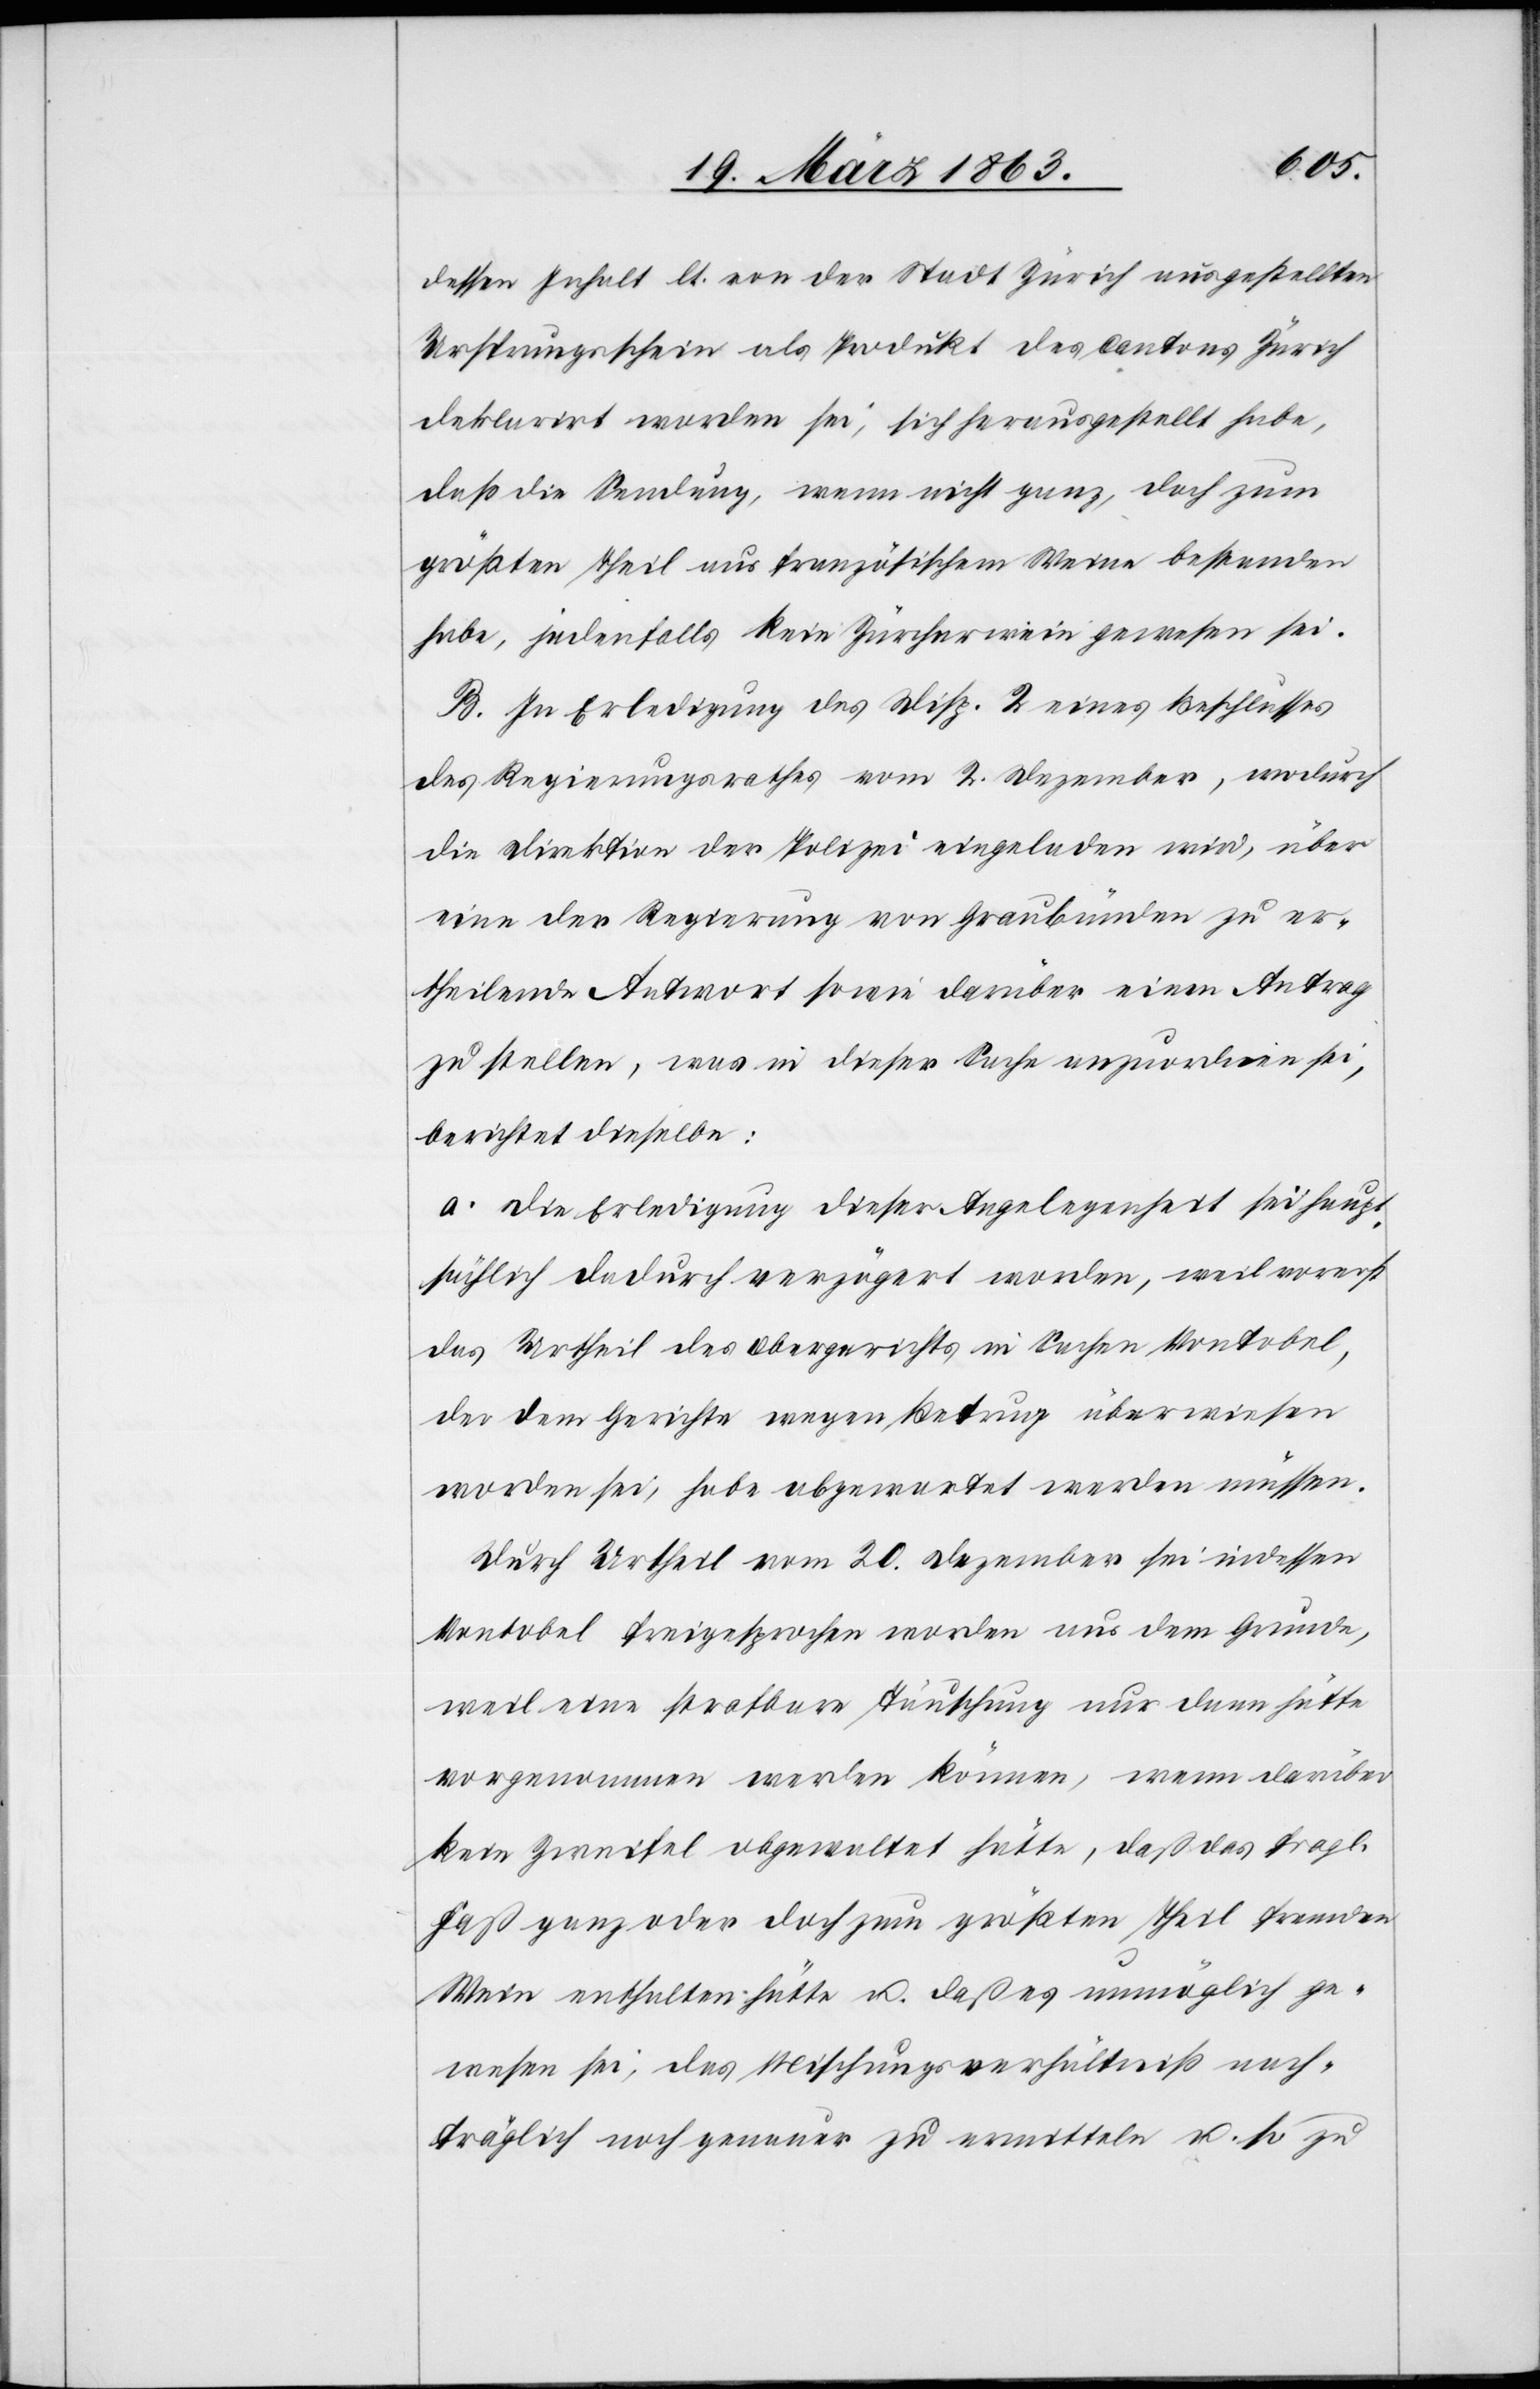
dessen Inhalt lt. von der Stadt Zürich ausgestellten
Ursprungsschein als Produkt des Cantons Zürich
deklarirt worden sei, sich herausgestellt habe,
daß die Sendung, wenn nicht ganz, doch zum
größten Theil aus französischem Weine bestanden
habe, jedenfalls kein Zürcherwein gewesen sei.
B. In Erledigung des Disp. 2 eines Beschlusses
des Regierungsrathes vom 2. Dezember, wodurch
die Direktion der Polizei eingeladen wird, über
eine der Regierung von Graubünden zu er¬
theilende Antwort sowie darüber einen Antrag
zu stellen, was in dieser Sache anzuordnen sei,
berichtet dieselbe:
a. Die Erledigung dieser Angelegenheit sei haupt¬
sächlich dadurch verzögert worden, weil vorerst
das Urtheil des Obergerichts in Sachen Vontobel,
der dem Gerichte wegen Betrug überwiesen
worden sei, habe abgewartet werden müssen.
Durch Urtheil vom 20. Dezember sei indessen
Vontobel freigesprochen worden aus dem Grunde,
weil eine strafbare Täuschung nur dann hätte
vorgenommen werden können, wenn darüber
kein Zweifel obgewaltet hätte, daß das fragl.
Faß ganz oder doch zum größten Theil fremden
Wein enthalten hätte u. daß es unmöglich ge¬
wesen sei, das Mischungsverhältniß nach¬
träglich noch genauer zu ermitteln u. so zu